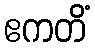
ဧကတိံ